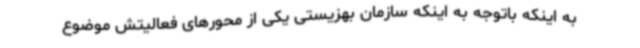
به اینکه باتوجه به اینکه سازمان بهزیستی یکی از محورهای فعالیتش موضوع